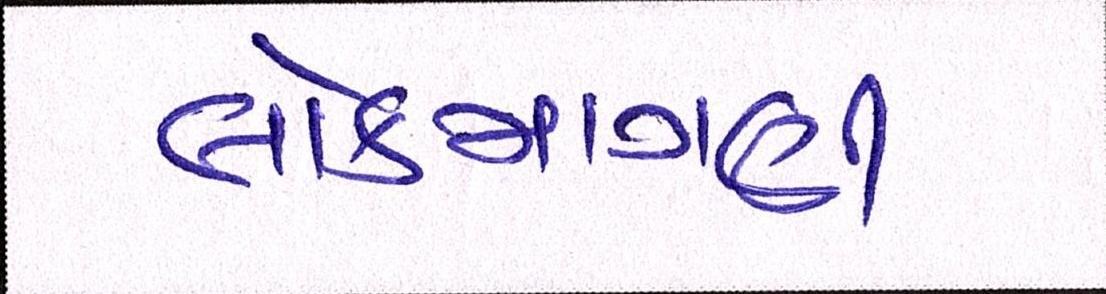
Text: લોકમાગણી